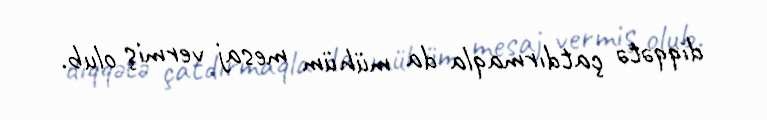
diqqətə çatdırmaqla da mühüm mesaj vermiş olub.